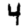
Digit: 4